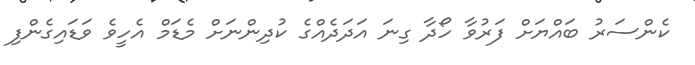
ކެންސަރު ބައްޔަށް ފަރުވާ ހޯދާ ގިނަ އަދަދެއްގެ ކުދިންނަށް މެޑަމް އެހީވެ ވަޑައިގެންފި